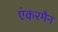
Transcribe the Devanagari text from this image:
एंकरमैन